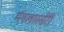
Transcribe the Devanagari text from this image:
मंगलास्सेरी